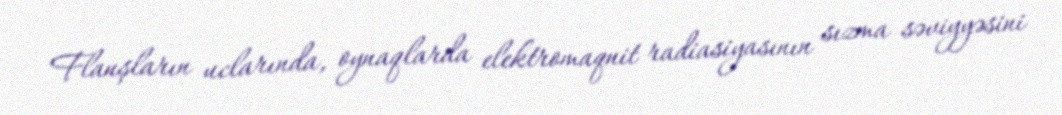
Flanşların uclarında, oynaqlarda elektromaqnit radiasiyasının sızma səviyyəsini